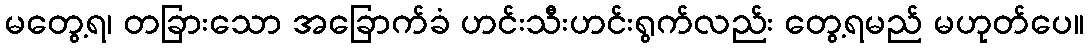
မတွေ့ရ၊ တခြားသော အခြောက်ခံ ဟင်းသီးဟင်းရွက်လည်း တွေ့ရမည် မဟုတ်ပေ။